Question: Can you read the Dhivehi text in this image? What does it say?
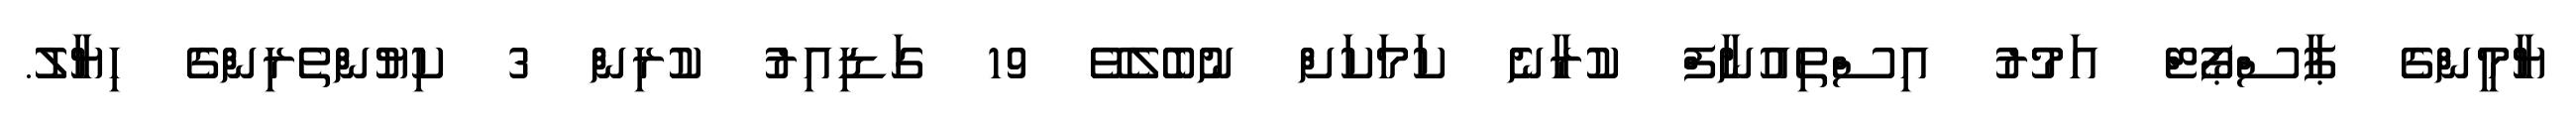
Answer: ޔާމީންގެ ޕާސްޕޯޓް އަމުރު އިސްތިއުނާފް ކުރާނެ ކަމަކަށް ނުބެލެވޭ 19 ގަޑިއިރު ކުރިން 3 ކިޔުންތެރިންގެ ހިޔާލު.